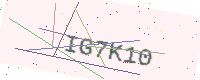
Text: IG7K10